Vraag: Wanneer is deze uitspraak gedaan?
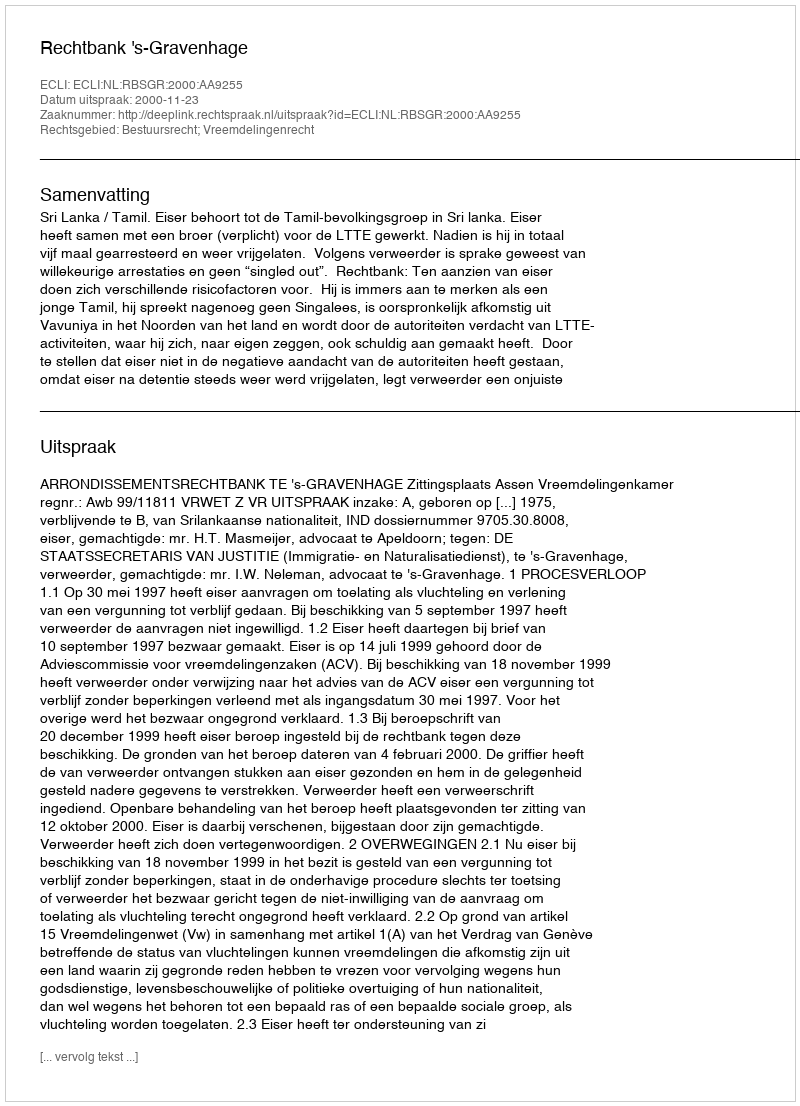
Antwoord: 2000-11-23